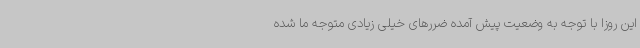
این روزا با توجه به وضعیت پیش آمده ضررهای خیلی زیادی متوجه ما شده